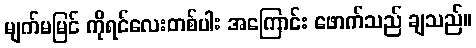
မျက်မမြင် ကိုရင်လေးတစ်ပါး အကြောင်း ဖောက်သည် ချသည်။